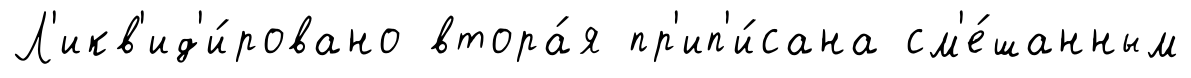
Л'икв'ид'и́ровано втора́я пр'ип'и́сана см'е́шанным